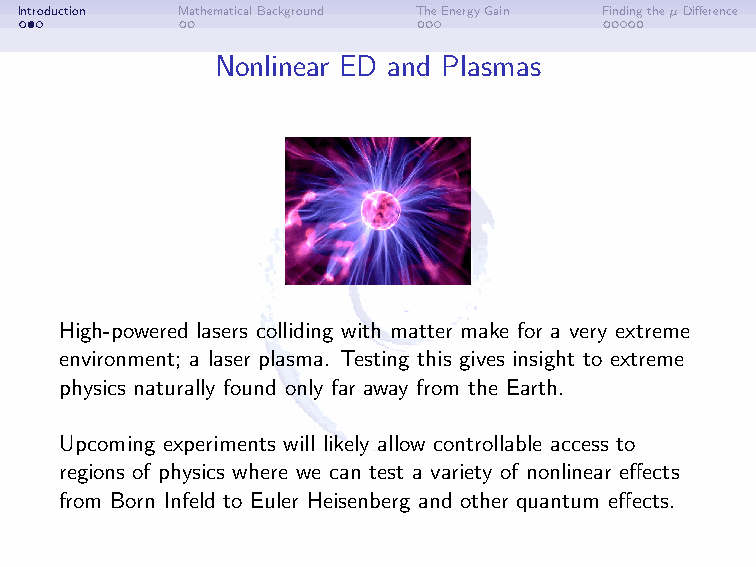
Introduction MathematicalBackground TheEnergyGain FindingtheµDifference
 Nonlinear ED and Plasmas
 High-powered lasers colliding with matter make for a very extreme
 environment; a laser plasma. Testing this gives insight to extreme
 physics naturally found only far away from the Earth.
 Upcoming experiments will likely allow controllable access to
 regions of physics where we can test a variety of nonlinear effects
 from Born Infeld to Euler Heisenberg and other quantum effects.